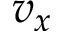
v _ { x }